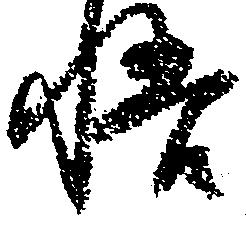
悟